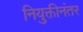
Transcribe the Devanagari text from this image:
नियुक्तीनंतर